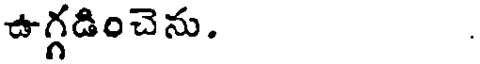
ఉగ్గడించెను.